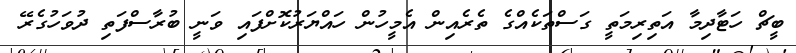
ބީޗް ހަޓާދިމާ އަތިރިމަތީ ގަސްތަކެއްގެ ތެރެއިން އެމީހުން ހައްޔަރުކޮށްފައި ވަނީ ބުރާސްފަތި ދުވަހުގެރޭ